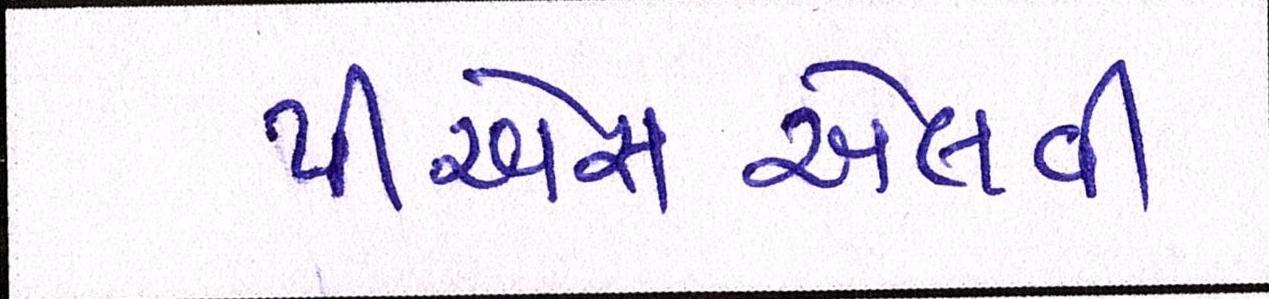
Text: પીએસએલવી